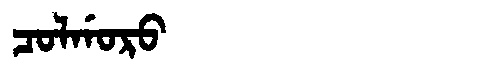
Manchu: ᠴᠣᠯᡤᠣᡵᠣ
Romanization: COLGORO